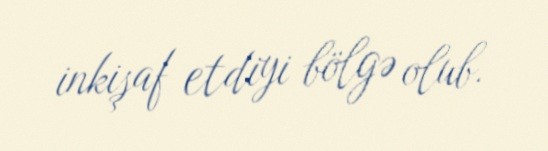
inkişaf etdiyi bölgə olub.